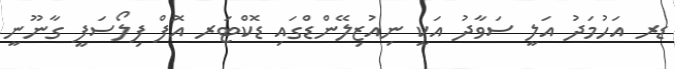
ޑރ އަހުމަދު އަލީ ސަވާދު އަކީ ނިއުޒިލޭންޑްގައި ޑޮކްޓަރ އޮފް ފިލޯސަފީ ގާނޫނީ